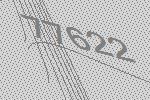
77622